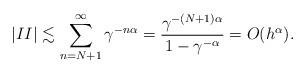
LaTeX: \begin{align*}|II|\lesssim \sum_{n=N+1}^\infty \gamma^{-n\alpha} =\frac{\gamma^{-(N+1)\alpha}}{1-\gamma^{-\alpha}}=O(h^\alpha).\end{align*}